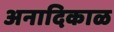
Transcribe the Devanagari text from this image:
अनादिकाळ